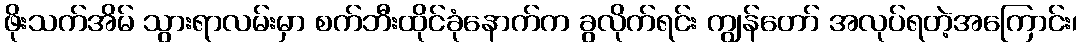
ဖိုးသက်အိမ် သွားရာလမ်းမှာ စက်ဘီးထိုင်ခုံနောက်က ခွလိုက်ရင်း ကျွန်တော် အလုပ်ရတဲ့အကြောင်း၊